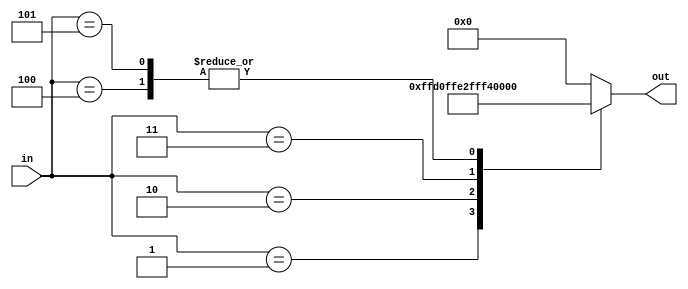
////////////////////////////////////////////////////////////////////////////////////////////////////////
//
// Institution   : Bandung Institute of Technology
//
// Design Name   : Lookup Table for Third Term Coeficient in MacClaurin Series
// Module Name   : coef_term3
// Project Name  : LSI Design Contest in Okinawa 2018
// Target Devices: Sigmoid Function
// Tool versions : FPGA
//
// Description: 
// 		Providing value term 3 of MacClaurin Series with respect to input segmentation
// 
// Input:
//  	in : 3 bit unsigned : control signal
//
// Output:
//  	out : 16 bit signed : Term 3 Coeficient for MacClaurin Series 
//
// Revision: 
// Revision 0.01 - File Created
// Additional Comments: 
//
///////////////////////////////////////////////////////////////////////////////////////////////////////

module coef_term3(in, out);

parameter t01 = 16'b0000_0000_0000_0000 ;
parameter t12 = 16'b1111_1111_1101_0000 ;
parameter t23 = 16'b1111_1111_1110_0010 ;
parameter t34 = 16'b1111_1111_1111_0011 ;
parameter t46 = 16'b1111_1111_1111_1101 ;
parameter t00 = 16'b0000_0000_0000_0000 ;

input [2:0] in;
output reg [15:0] out;

always@(in)
begin
  case (in)
    0 : out = t01;
	1 : out = t12;
	2 : out = t23;
	3 : out = t34;
	4 : out = t46;
	5 : out = t46;
	default : out = t00;
  endcase
end

endmodule